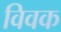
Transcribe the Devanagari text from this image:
विवक